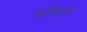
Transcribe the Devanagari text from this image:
घोपने